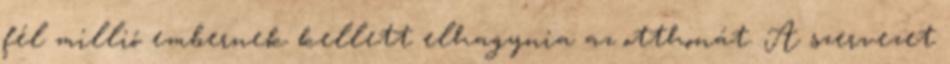
fél millió embernek kellett elhagynia az otthonát. A szervezet